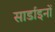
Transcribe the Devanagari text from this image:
सार्डाइनों